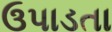
ઉપાડતા